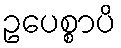
ဥပေစ္စာပိ